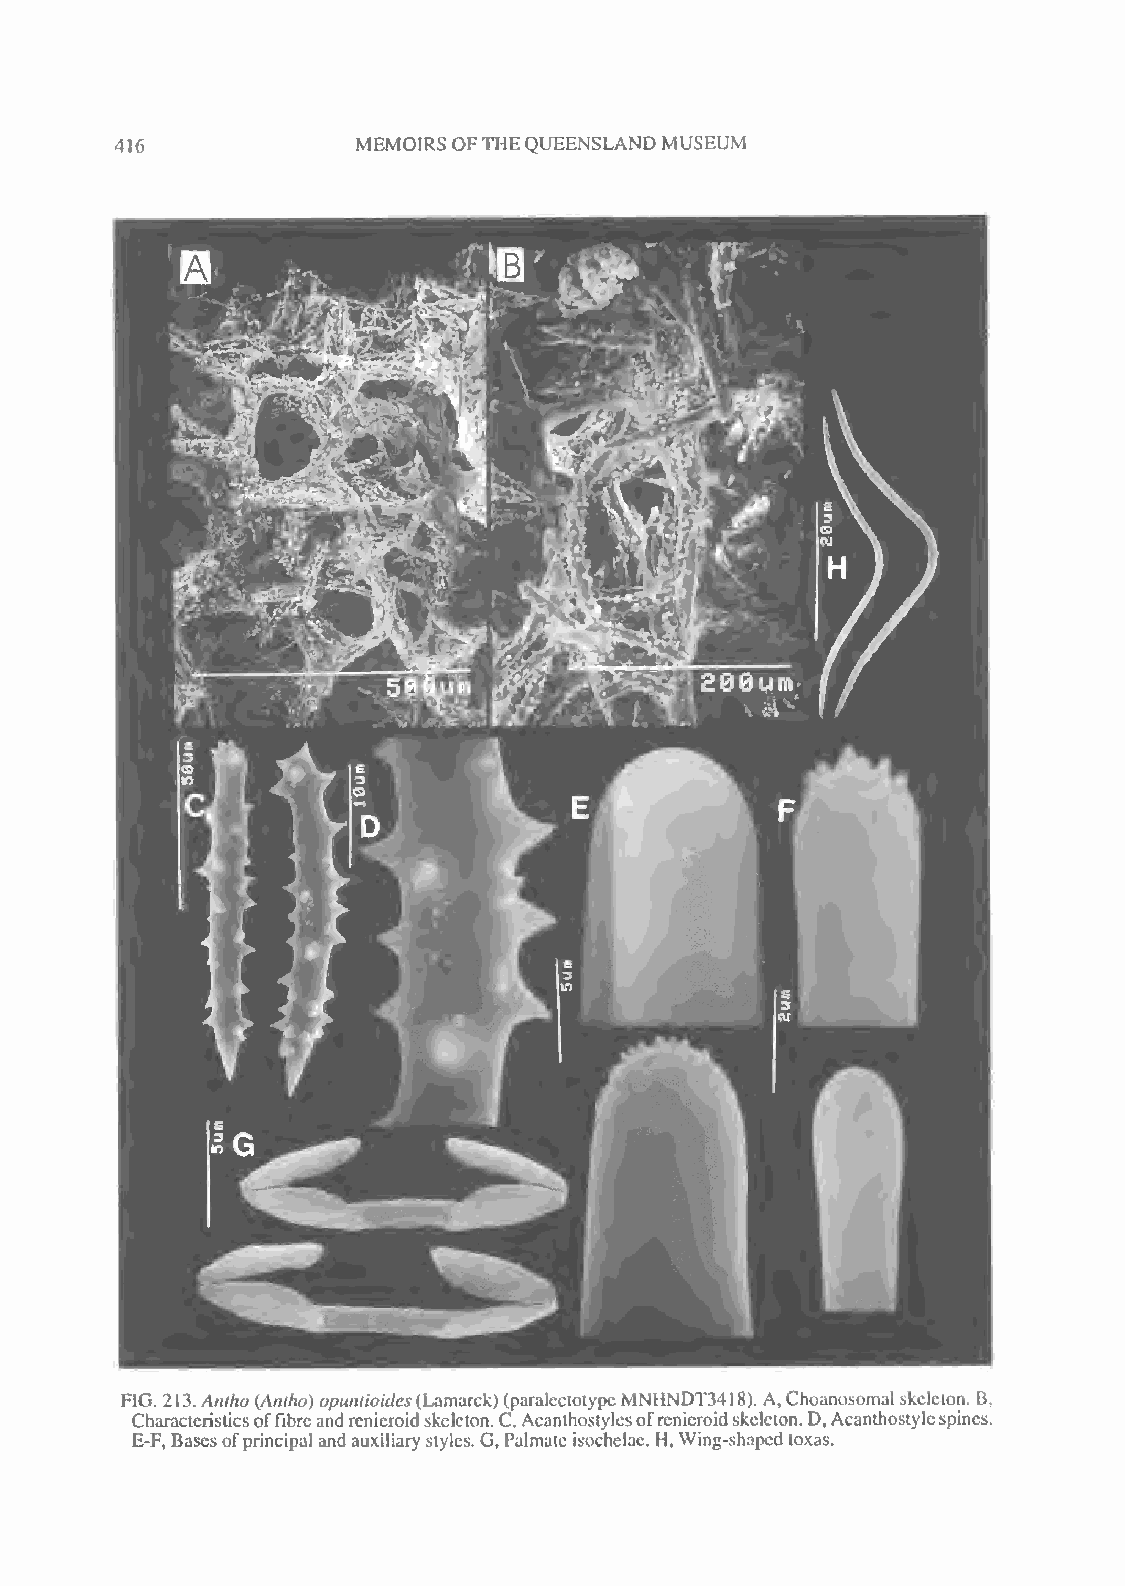
416             MEMOIRS OFTHEQUEENSLANDMUSEUM
 FIG. 213.Antho (Antho) opuntioides(Lamarck)(paraleclotypeMNHNDT341 8). A,Choanosomal skeleton. B,
 Characteristicsoffibreandrenieroidskeleton.C,Acanthostylesofrenieroidskeleton.D,Acanthostylespines.
 E-F, Basesofprincipaland auxiliarystyles. G, Palmateisochelae. H,Wing-shapedtoxas.